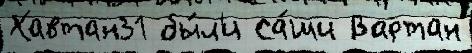
Хавтан31 бы́л'и Са́ши Вартан